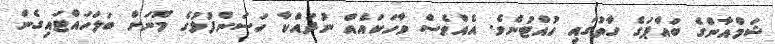
ޝަމްއާންގެ ބައްޕަގެ ގާތުގައި ހުއްޓުނެވެ. އެއްވެސް ވާހަކައެއް ނުދައްކާ ހަސަންފުޅުގެ މޫނަށް ބަލަހައްޓައިގެން